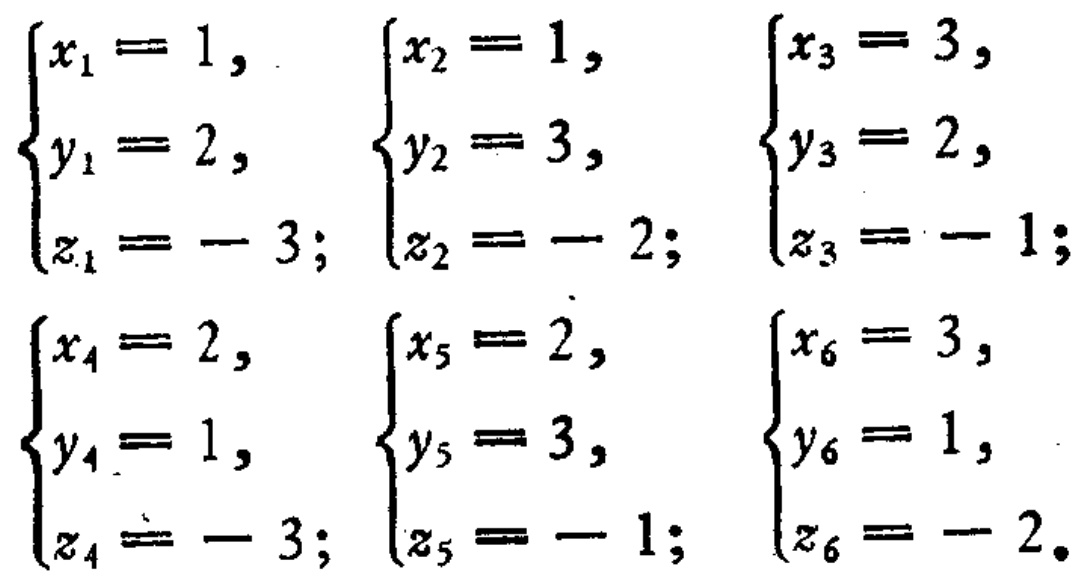
\[
\begin{cases}
x_1 = 1, \\
y_1 = 2, \\
z_1 = - 3;
\end{cases}
\begin{cases}
x_2 = 1, \\
y_2 = 3, \\
z_2 = - 2;
\end{cases}
\begin{cases}
x_3 = 3, \\
y_3 = 2, \\
z_3 = - 1;
\end{cases}
\begin{cases}
x_4 = 2, \\
y_4 = 1, \\
z_4 = - 3;
\end{cases}
\begin{cases}
x_5 = 2, \\
y_5 = 3, \\
z_5 = - 1;
\end{cases}
\begin{cases}
x_6 = 3, \\
y_6 = 1, \\
z_6 = - 2.
\end{cases}
\]